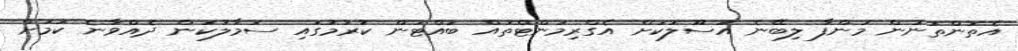
އެތަންތަނުން މަންފާ ލިބޭނެ އުސޫލަކަށް އެގްރިމަންޓްތައް ބައްޓަން ކުރުމުގައި ސަމާލުކަން ދެއްވާނެ ކަމަށް